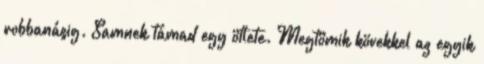
robbanásig. Samnek támad egy ötlete. Megtömik kövekkel az egyik